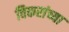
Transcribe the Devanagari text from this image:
विकरांच्या